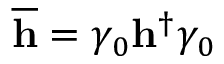
\overline { { { \mathbf { h } } } } = \gamma _ { 0 } \mathbf { h } ^ { \dag } \gamma _ { 0 }